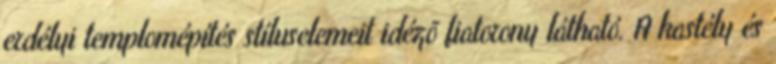
erdélyi templomépítés stíluselemeit idézõ fiatorony látható. A kastély és